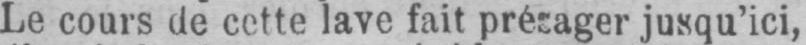
Le cours de cette lave fait présager jusqu’ici,